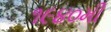
૧૯૪૦મી